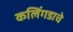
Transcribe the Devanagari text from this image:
कलिंगडाचे